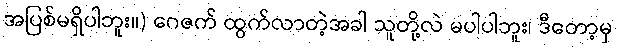
အပြစ်မရှိပါဘူး။) ဂေဇက် ထွက်လာတဲ့အခါ သူတို့လဲ မပါပါဘူး၊ ဒီတော့မှ